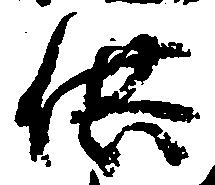
供